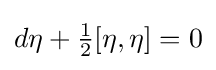
d\eta +{\tfrac {1}{2}}[\eta ,\eta ]=0